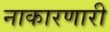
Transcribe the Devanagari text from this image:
नाकारणारी